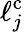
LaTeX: \ell_{j}^{\mathrm{c}}